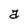
Character: a